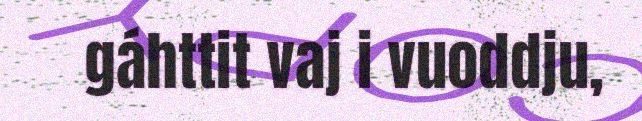
gáhttit vaj i vuoddju,